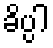
ခိပ္ပါ